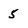
Character: 5